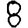
Digit: 8